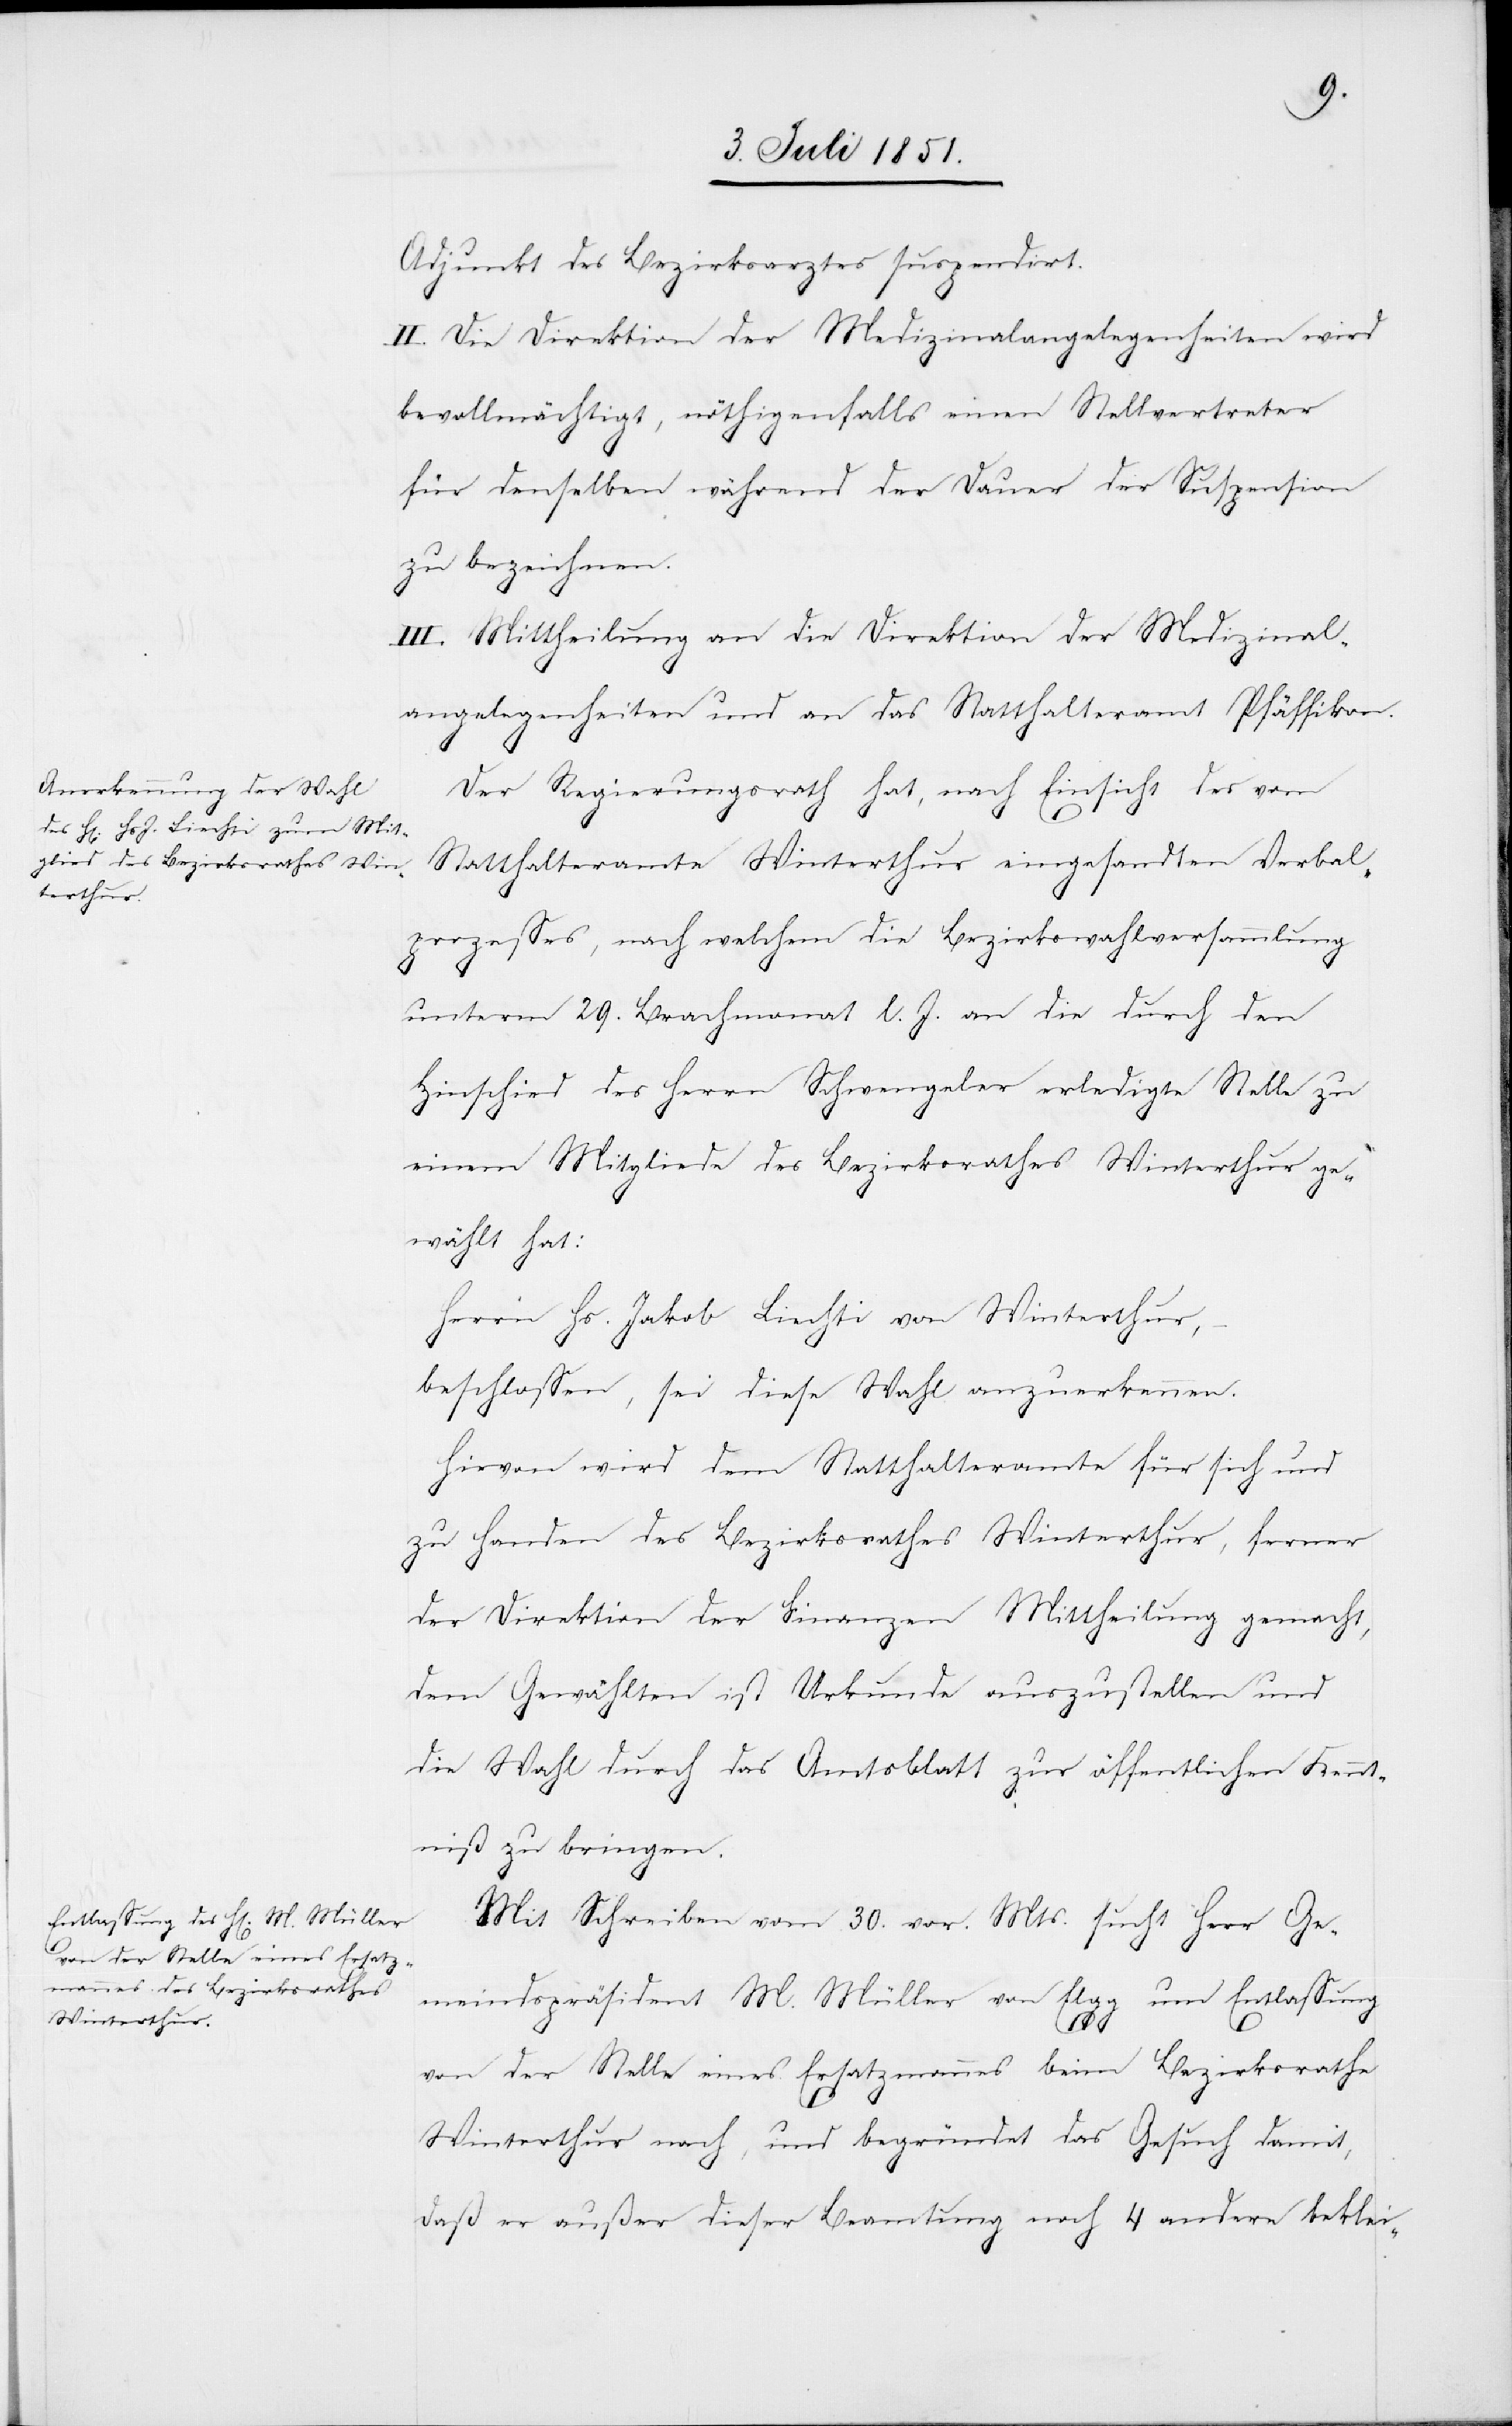
Adjunkt des Bezirksarztes suspendirt.
II. Die Direktion der Medizinalangelegenheiten wird
bevollmächtigt, nöthigenfalls einen Stellvertreter
für denselben während der Dauer der Suspension
zu bezeichnen.
III. Mittheilung an die Direktion der Medizinal¬
angelegenheiten und an das Statthalteramt Pfäffikon.
Der Regierungsrath hat, nach Einsicht des vom
Statthalteramte Winterthur eingesandten Verbal¬
prozesses, nach welchem die Bezirkswahlversammlung
unterm 29. Brachmonat l. J. an die durch den
Hinschied des Herrn Schwengeler erledigte Stelle zu
einem Mitgliede des Bezirksrathes Winterthur ge¬
wählt hat:
Herrn Hs. Jakob Liechti von Winterthur,
beschlossen, sei diese Wahl anzuerkennen.
Hievon wird dem Statthalteramte für sich und
zu Handen des Bezirksrathes Winterthur, ferner
der Direktion der Finanzen Mittheilung gemacht,
dem Gewählten ist Urkunde auszustellen und
die Wahl durch das Amtsblatt zur öffentlichen Kennt¬
niß zu bringen.
Mit Schreiben vom 30. vor. Mts. sucht Herr Ge¬
meindspräsident M. Müller von Elgg um Entlassung
von der Stelle eines Ersatzmannes beim Bezirksrathe
Winterthur nach, und begründet das Gesuch damit,
daß er außer dieser Beamtung noch 4 andere beklei-